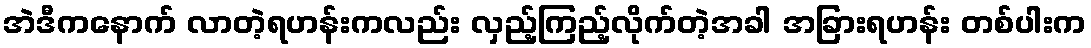
အဲဒီကနောက် လာတဲ့ရဟန်းကလည်း လှည့်ကြည့်လိုက်တဲ့အခါ အခြားရဟန်း တစ်ပါးက